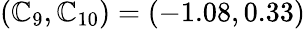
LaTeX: (\mathbb{C}_{9},\mathbb{C}_{10})=(-1.08,0.33)